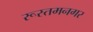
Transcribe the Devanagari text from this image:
रूस्तमनगर